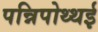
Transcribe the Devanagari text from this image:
पन्निपोथ्थई